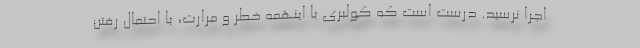
اجرا نرسید. درست است که کولبری با اینهمه خطر و مرارت، با احتمال رفتن